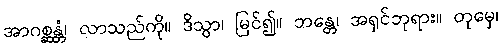
အာဂစ္ဆန္တံ၊ လာသည်ကို။ ဒိသွာ၊ မြင်၍။ ဘန္တေ၊ အရှင်ဘုရား။ တုမှေ၊